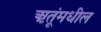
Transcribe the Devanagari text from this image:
ऋतूंमधील